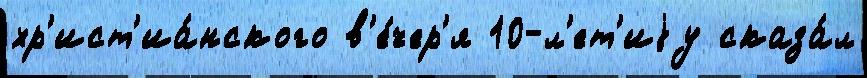
хр'ист'иа́нского в'е́чер'я 10-л'ет'иjу сказа́л